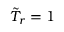
{ \tilde { T } } _ { r } = 1